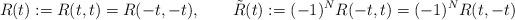
LaTeX: \begin{align*}R(t):=R(t,t)=R(-t,-t),\qquad \tilde R(t):=(-1)^{N}R(-t,t)=(-1)^{N}R(t,-t)\end{align*}